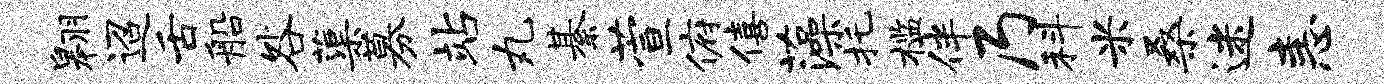
翱迢舌船咎蕖募站丸綦萱俯僖藻托槛伴乃科米桑迷恚